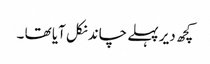
کچھ دیر پہلے چاند نکل آیا تھا ۔